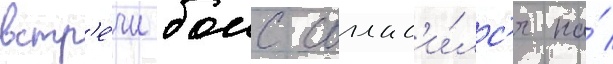
встр'е́чи боис соглас'и́лс'я на́